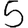
Digit: 5